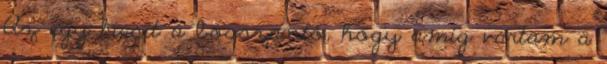
Az egy kicsit a bosszantó, hogy amíg vártam a